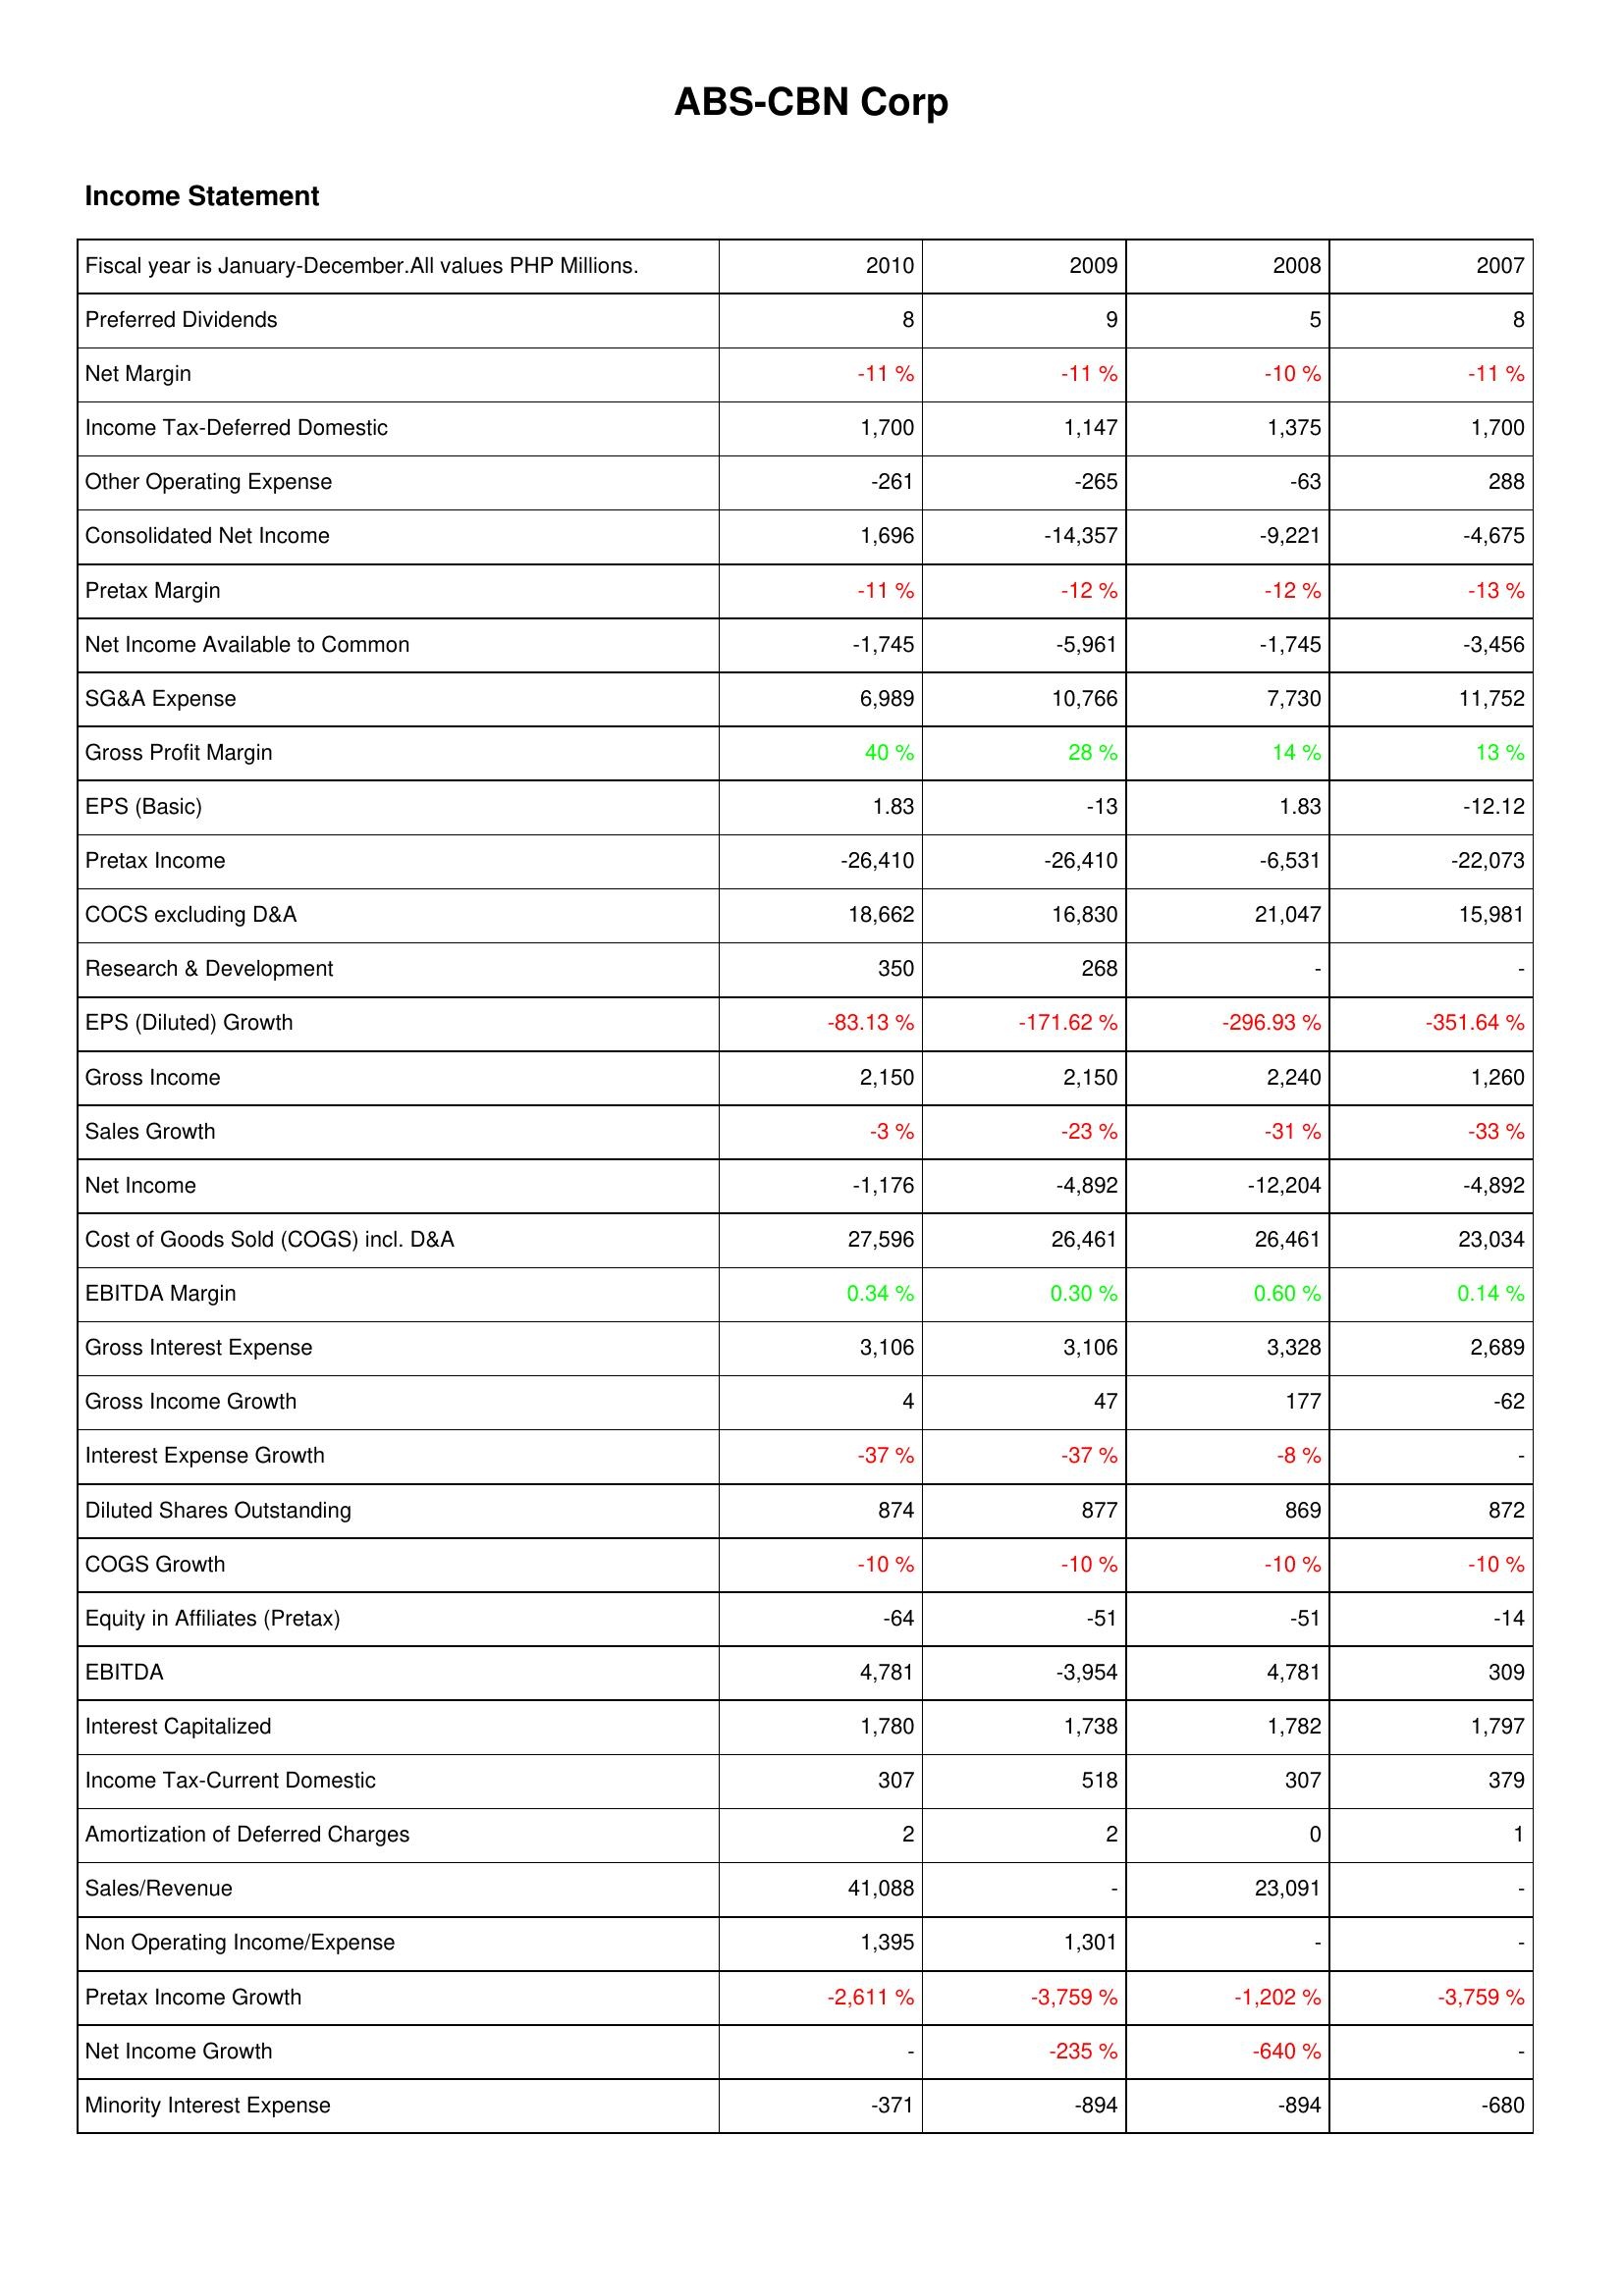
2010: Income Statement: Preferred Dividends: 8
Net Margin: -11 %
Income Tax-Deferred Domestic: 1,700
Other Operating Expense: -261
Consolidated Net Income: 1,696
Pretax Margin: -11 %
Net Income Available to Common: -1,745
SG&A Expense: 6,989
Gross Profit Margin: 40 %
EPS (Basic): 1.83
Pretax Income: -26,410
COCS excluding D&A: 18,662
Research & Development: 350
EPS (Diluted) Growth: -83.13 %
Gross Income: 2,150
Sales Growth: -3 %
Net Income: -1,176
Cost of Goods Sold (COGS) incl. D&A: 27,596
EBITDA Margin: 0.34 %
Gross Interest Expense: 3,106
Gross Income Growth: 4
Interest Expense Growth: -37 %
Diluted Shares Outstanding: 874
COGS Growth: -10 %
Equity in Affiliates (Pretax): -64
EBITDA: 4,781
Interest Capitalized: 1,780
Income Tax-Current Domestic: 307
Amortization of Deferred Charges: 2
Sales/Revenue: 41,088
Non Operating Income/Expense: 1,395
Pretax Income Growth: -2,611 %
Net Income Growth: -
Minority Interest Expense: -371
2009: Income Statement: Preferred Dividends: 9
Net Margin: -11 %
Income Tax-Deferred Domestic: 1,147
Other Operating Expense: -265
Consolidated Net Income: -14,357
Pretax Margin: -12 %
Net Income Available to Common: -5,961
SG&A Expense: 10,766
Gross Profit Margin: 28 %
EPS (Basic): -13
Pretax Income: -26,410
COCS excluding D&A: 16,830
Research & Development: 268
EPS (Diluted) Growth: -171.62 %
Gross Income: 2,150
Sales Growth: -23 %
Net Income: -4,892
Cost of Goods Sold (COGS) incl. D&A: 26,461
EBITDA Margin: 0.30 %
Gross Interest Expense: 3,106
Gross Income Growth: 47
Interest Expense Growth: -37 %
Diluted Shares Outstanding: 877
COGS Growth: -10 %
Equity in Affiliates (Pretax): -51
EBITDA: -3,954
Interest Capitalized: 1,738
Income Tax-Current Domestic: 518
Amortization of Deferred Charges: 2
Sales/Revenue: -
Non Operating Income/Expense: 1,301
Pretax Income Growth: -3,759 %
Net Income Growth: -235 %
Minority Interest Expense: -894
2008: Income Statement: Preferred Dividends: 5
Net Margin: -10 %
Income Tax-Deferred Domestic: 1,375
Other Operating Expense: -63
Consolidated Net Income: -9,221
Pretax Margin: -12 %
Net Income Available to Common: -1,745
SG&A Expense: 7,730
Gross Profit Margin: 14 %
EPS (Basic): 1.83
Pretax Income: -6,531
COCS excluding D&A: 21,047
Research & Development: -
EPS (Diluted) Growth: -296.93 %
Gross Income: 2,240
Sales Growth: -31 %
Net Income: -12,204
Cost of Goods Sold (COGS) incl. D&A: 26,461
EBITDA Margin: 0.60 %
Gross Interest Expense: 3,328
Gross Income Growth: 177
Interest Expense Growth: -8 %
Diluted Shares Outstanding: 869
COGS Growth: -10 %
Equity in Affiliates (Pretax): -51
EBITDA: 4,781
Interest Capitalized: 1,782
Income Tax-Current Domestic: 307
Amortization of Deferred Charges: 0
Sales/Revenue: 23,091
Non Operating Income/Expense: -
Pretax Income Growth: -1,202 %
Net Income Growth: -640 %
Minority Interest Expense: -894
2007: Income Statement: Preferred Dividends: 8
Net Margin: -11 %
Income Tax-Deferred Domestic: 1,700
Other Operating Expense: 288
Consolidated Net Income: -4,675
Pretax Margin: -13 %
Net Income Available to Common: -3,456
SG&A Expense: 11,752
Gross Profit Margin: 13 %
EPS (Basic): -12.12
Pretax Income: -22,073
COCS excluding D&A: 15,981
Research & Development: -
EPS (Diluted) Growth: -351.64 %
Gross Income: 1,260
Sales Growth: -33 %
Net Income: -4,892
Cost of Goods Sold (COGS) incl. D&A: 23,034
EBITDA Margin: 0.14 %
Gross Interest Expense: 2,689
Gross Income Growth: -62
Interest Expense Growth: -
Diluted Shares Outstanding: 872
COGS Growth: -10 %
Equity in Affiliates (Pretax): -14
EBITDA: 309
Interest Capitalized: 1,797
Income Tax-Current Domestic: 379
Amortization of Deferred Charges: 1
Sales/Revenue: -
Non Operating Income/Expense: -
Pretax Income Growth: -3,759 %
Net Income Growth: -
Minority Interest Expense: -680